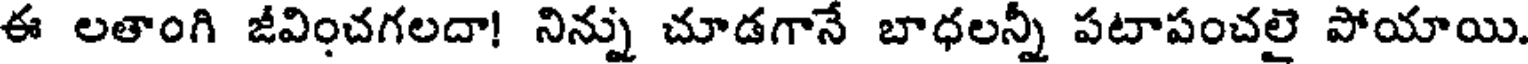
ఈ లతాంగి జీవించగలదా! నిన్ను చూడగానే బాధలన్నీ పటాపంచలై పోయాయి.